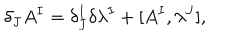
\delta _ { J } A ^ { I } = \delta _ { J } ^ { I } \delta \lambda ^ { I } + [ A ^ { I } , \lambda ^ { J } ] ,